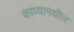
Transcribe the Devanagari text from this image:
काव्यामधील